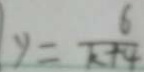
y = \frac { 6 } { k + 4 }